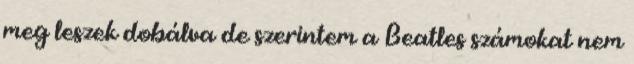
meg leszek dobálva de szerintem a Beatles számokat nem